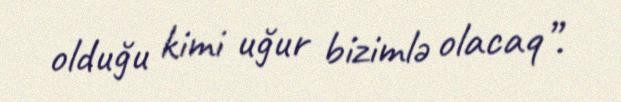
olduğu kimi uğur bizimlə olacaq”.